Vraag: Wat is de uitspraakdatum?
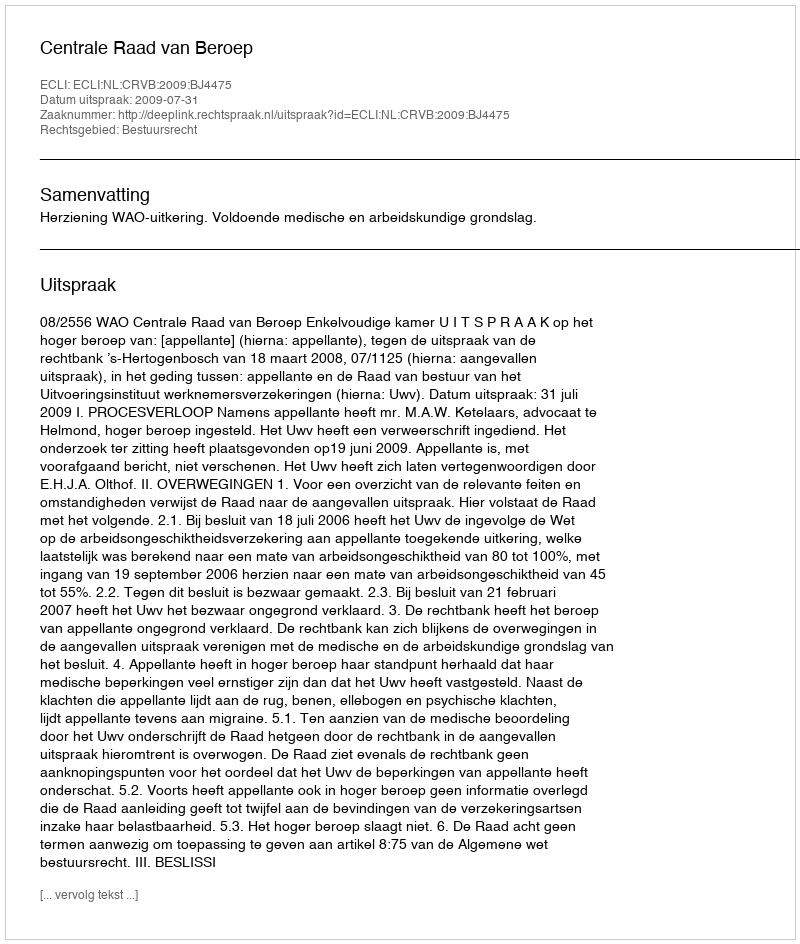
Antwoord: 2009-07-31